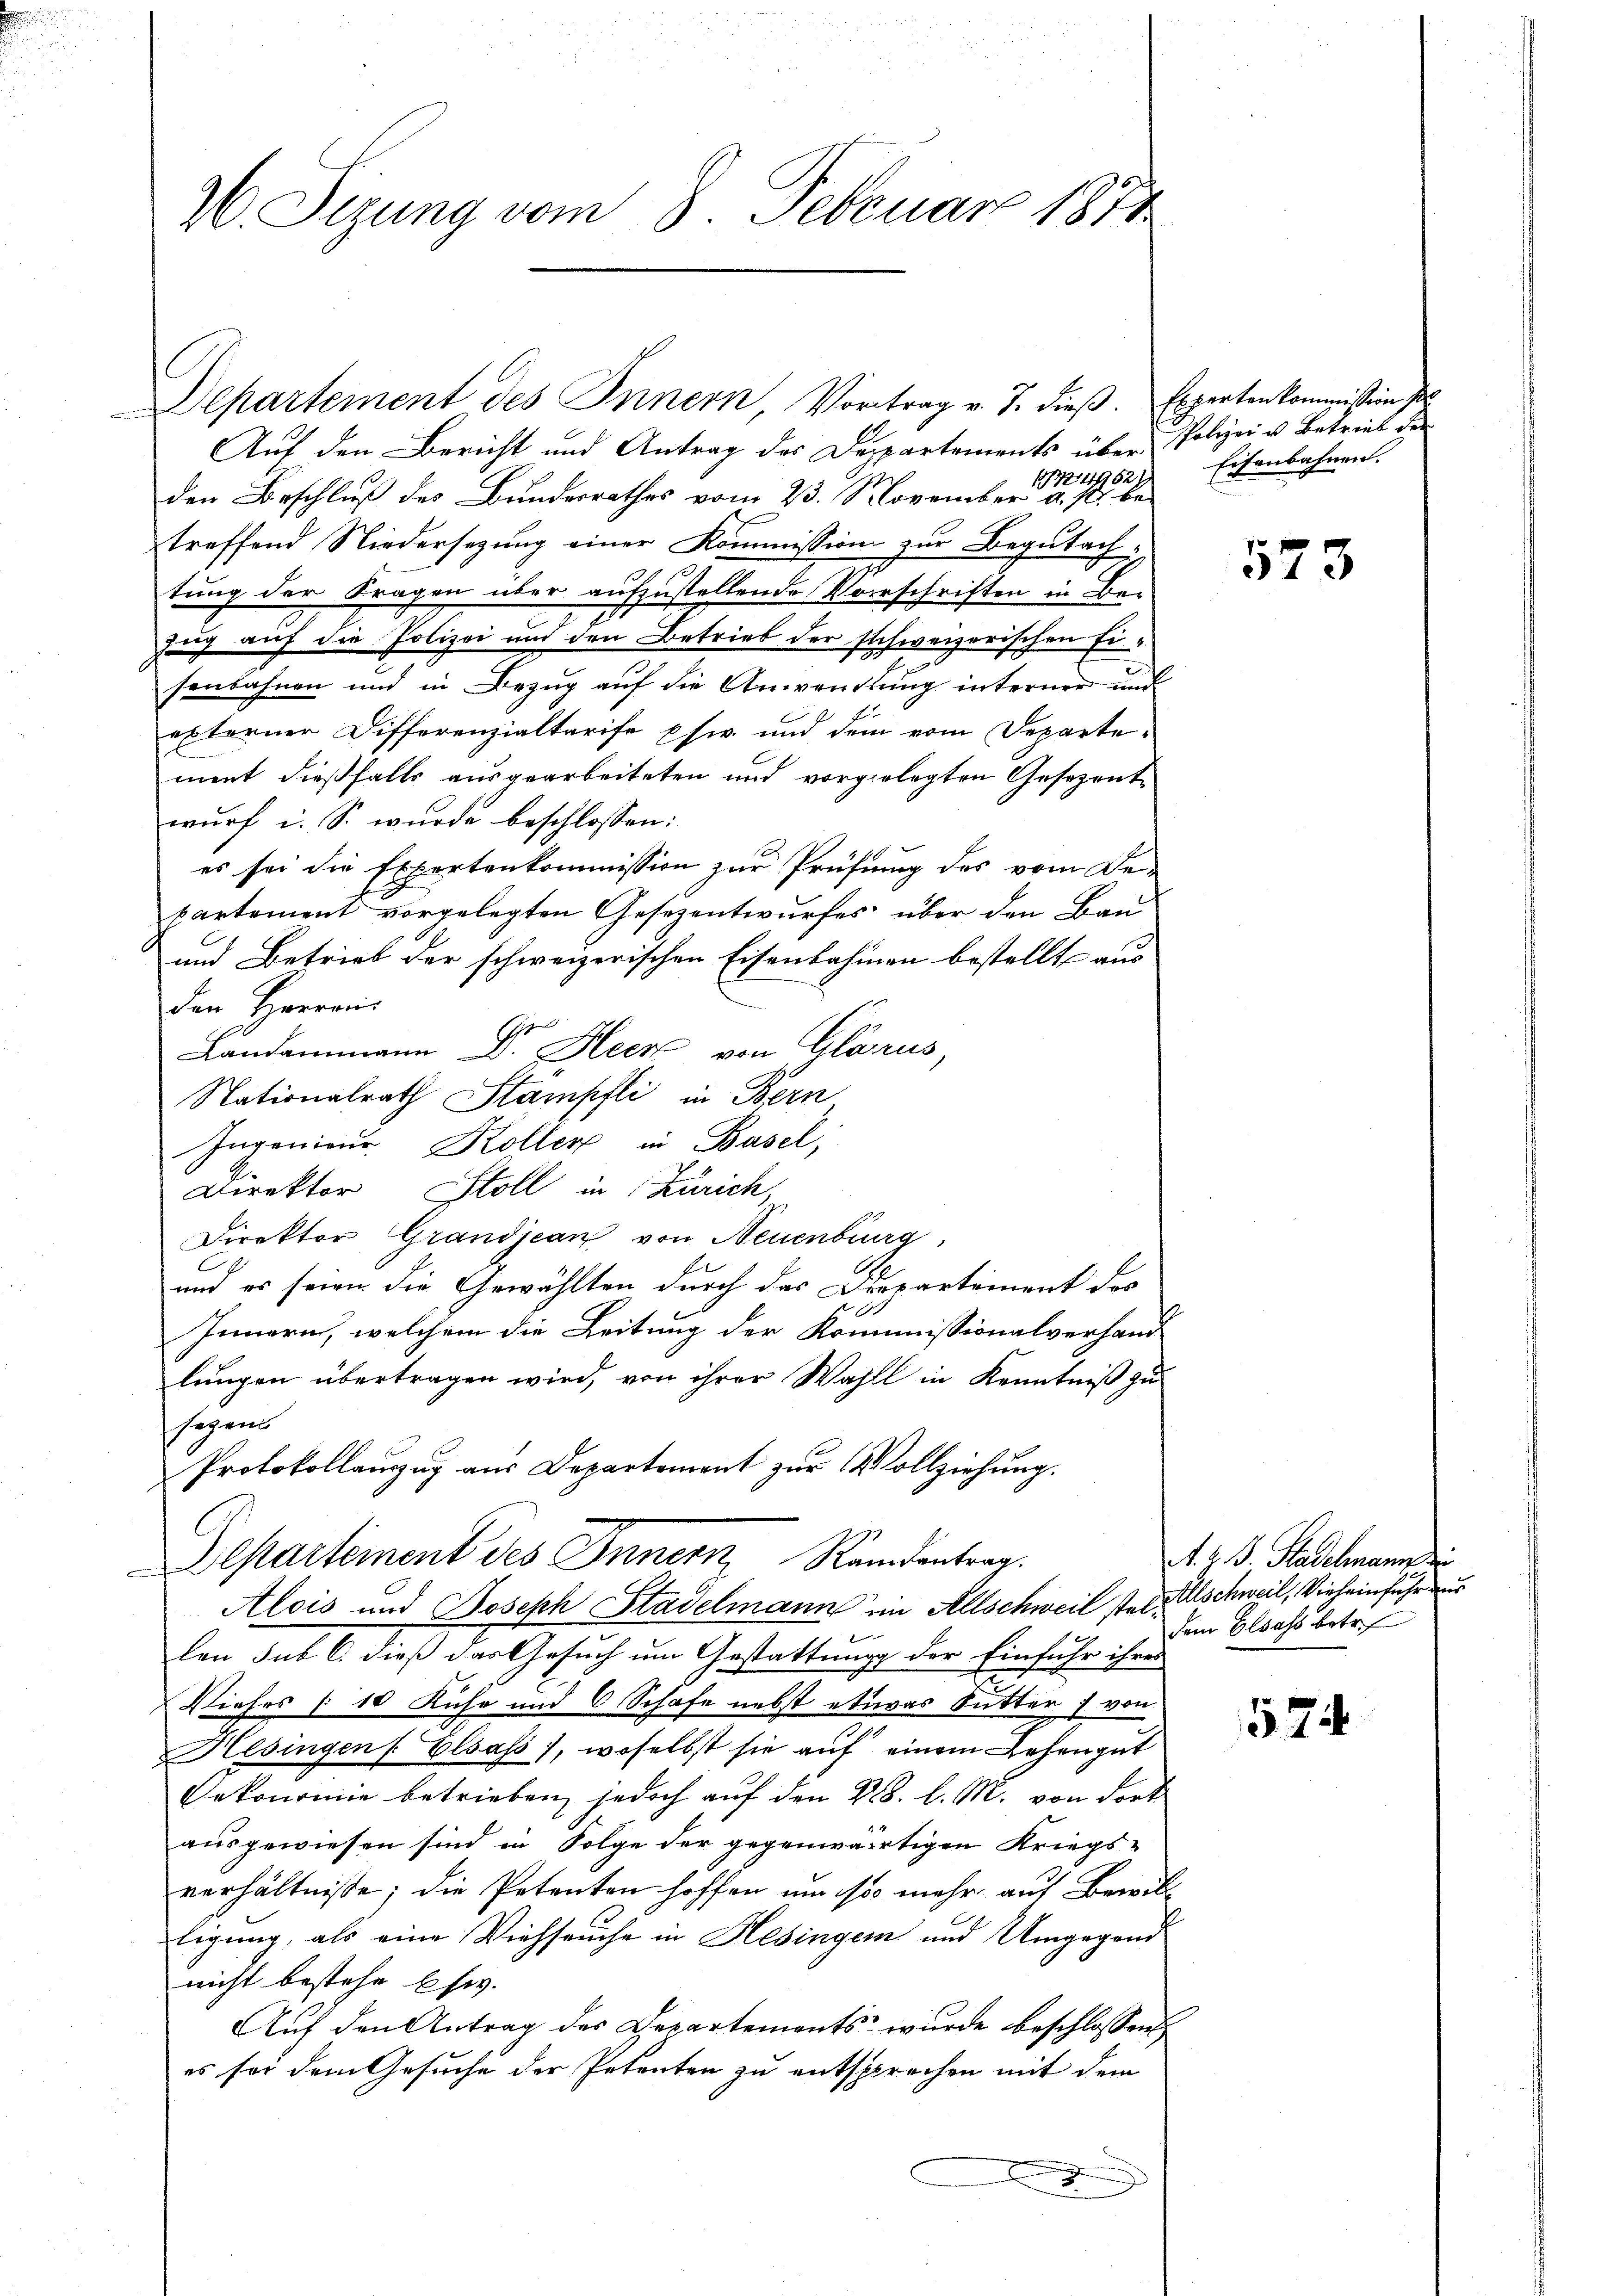
26. Sizung vom 8. Februar 1874.

Departement des Innern Vortrag v. J. dieβ. Experten kommission po

Auf den Bericht und Antrag des Dappartements über Polizei v. Betrieb der
den Beschluß des Bundesrathes vom 23. November die
treffend Niedersezung einer Kommission zur Begutachtung der Fragen über aufzustellende Vorschriften in Bezug auf die Polizei und den Betrieb der schweizerischen Eisenbahnen und in Bezug auf die Anwendung interner und
externer Differenzialtarife psw. und dem vom Departement dießfalls ausgearbeiteten und vorgelegten Gesezente
wurf i. S. wurde beschlossen:
es sei die Expertenkommission zur Prüfung des vom Bepartement vorgelegten Gesezentwurfes über den Bau
und Betrieb der schweizerischen Eisenbahnen bestellt aus
den Herren
Landammann Dr. Heer von Glarus,
Nationalrath Stampfli in Bern
Ingenieur. Koller in Basel,
Direktor Stoll in Zürich,
Direktor Grandjean von Neuenburg,
und es seien die Gewählten durch das Departement des
Innern, welchem die Leitung der Kommissionalverhand
lungen übertragen wird, von ihrer Wahll in Kenntniß zu
ssagend
Protokollauszug aus Departement zur Vollziehung.
Departement des Innern, Rendentrag.
Alois und Joseph Stadelmann im Allschweil stellschweil, Vieheinfuhr dur
len sub 6. dieß das Gesuch um Gestattung der Einfuhr ihrer
Viehes [10 Kuhr und 6 Schafe nebst etwas Sutter) von
Hesingen Elsass), woselbst sie auf einem Lehengut
Oekonomie betrieben, jedoch auf den 218. l. M. von dort
ausgewiesen sind in Folge der gegenwärtigen Kriegs-
verhältnisse; die Petenten hoffen um so mehr auf Bewilb
tigung, als eine Viehseuche in Hesingen und Umgegend
nicht bestehe Ehe.
Auf den Antrag des Departements wurde beschlossen
es sei dem Gesuche der Petenten zu entsprechen mit dem
.

Eisenbahnen.

573

A. v. J. Stadelmann di
dem Elsass betr.

574